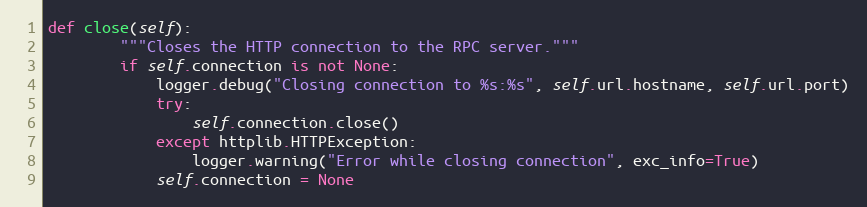
Language: Python
def close(self):
        """Closes the HTTP connection to the RPC server."""
        if self.connection is not None:
            logger.debug("Closing connection to %s:%s", self.url.hostname, self.url.port)
            try:
                self.connection.close()
            except httplib.HTTPException:
                logger.warning("Error while closing connection", exc_info=True)
            self.connection = None